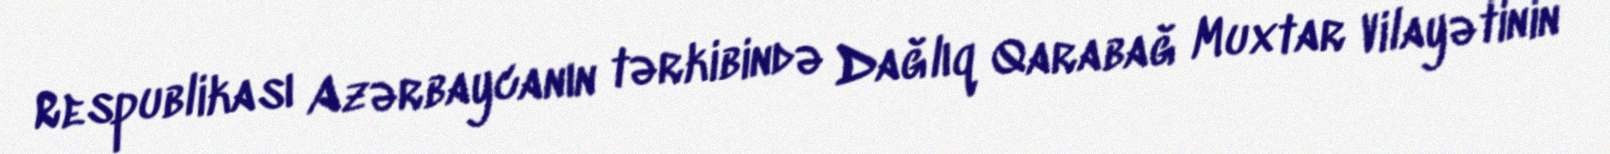
Respublikası Azərbaycanın tərkibində Dağlıq Qarabağ Muxtar Vilayətinin